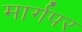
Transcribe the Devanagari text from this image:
मार्गपर